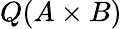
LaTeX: Q(A\times B)